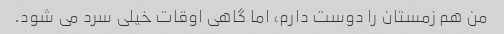
من هم زمستان را دوست دارم، اما گاهی اوقات خیلی سرد می شود.